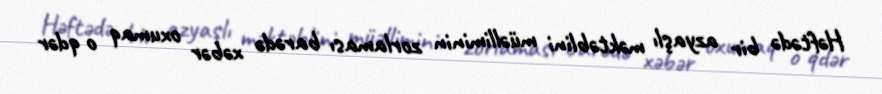
Həftədə bir azyaşlı məktəblini müəlliminin zorlaması barədə xəbər oxumaq o qdər